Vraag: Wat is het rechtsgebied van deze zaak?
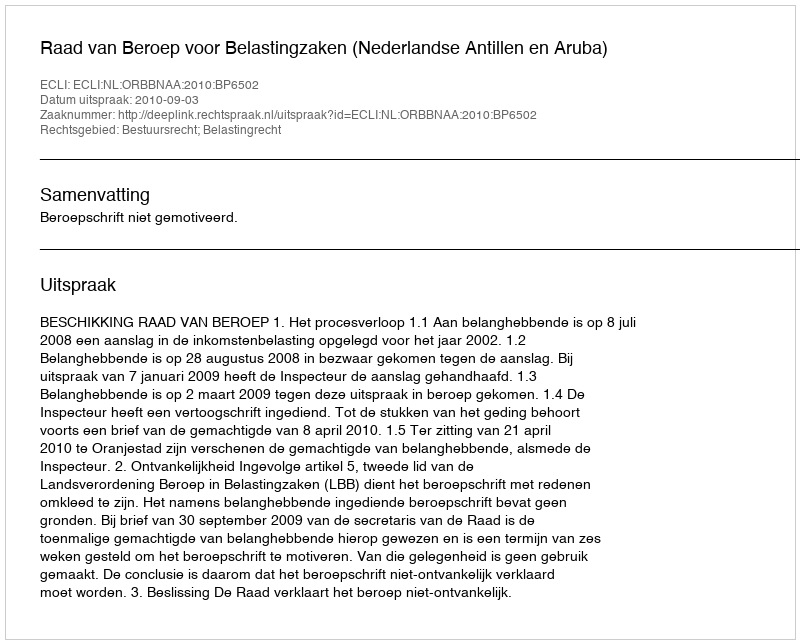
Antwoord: Bestuursrecht; Belastingrecht